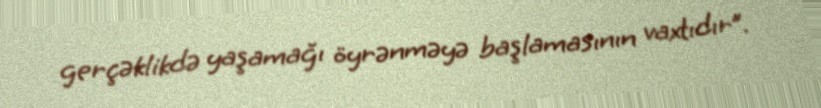
gerçəklikdə yaşamağı öyrənməyə başlamasının vaxtıdır”.